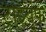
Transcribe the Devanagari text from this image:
ट्राइयुंफ